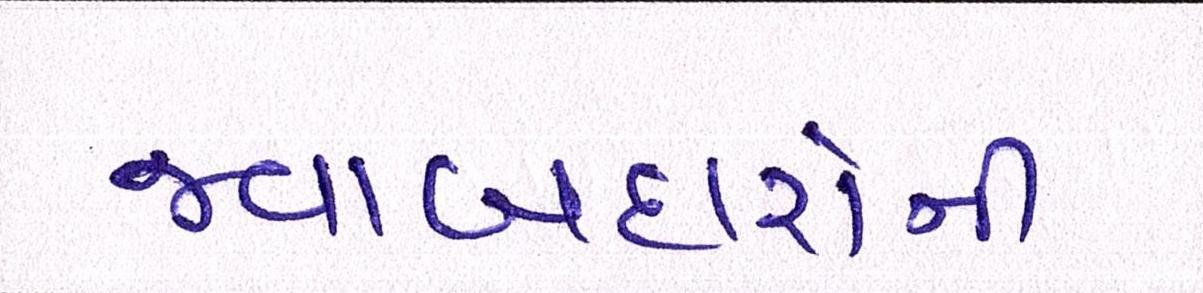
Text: જવાબદારોની